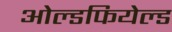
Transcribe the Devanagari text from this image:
ओल्डफियेल्ड